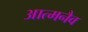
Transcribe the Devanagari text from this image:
आत्मनैव